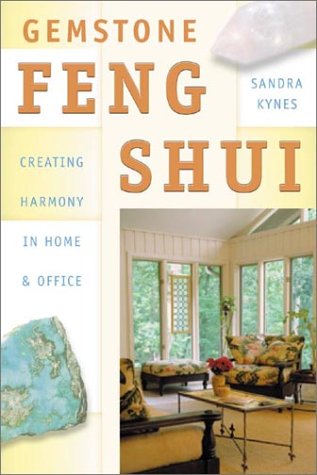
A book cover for Gemstone Feng Shui: Creating Harmony in Home & Office (More Crystals and New Age); Sandra Kynes; Religion & Spirituality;